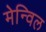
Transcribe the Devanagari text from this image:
मेन्विल